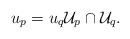
\begin{align*} u_p = u_q \mathcal{U}_p \cap \mathcal{U}_q.\end{align*}